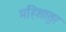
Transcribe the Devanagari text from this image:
महिशासुर